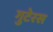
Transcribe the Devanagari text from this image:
गुटेरस